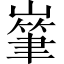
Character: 𡼸